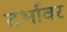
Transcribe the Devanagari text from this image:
दर्भावर